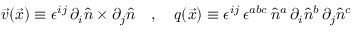
\vec { v } ( \vec { x } ) \equiv \epsilon ^ { i j } \, \partial _ { i } \hat { n } \times \partial _ { j } \hat { n } \quad , \quad q ( \vec { x } ) \equiv \epsilon ^ { i j } \, \epsilon ^ { a b c } \, \hat { n } ^ { a } \, \partial _ { i } \hat { n } ^ { b } \, \partial _ { j } \hat { n } ^ { c }